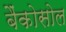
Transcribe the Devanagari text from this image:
बैंकोसोल